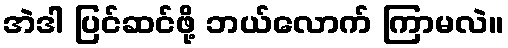
အဲဒါ ပြင်ဆင်ဖို့ ဘယ်လောက် ကြာမလဲ။